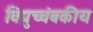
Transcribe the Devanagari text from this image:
विद्युच्चंबकीय